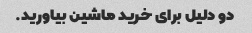
دو دلیل برای خرید ماشین بیاورید.